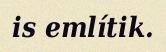
is említik.